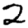
Digit: 2